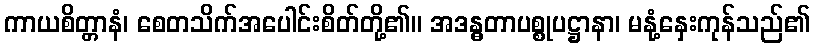
ကာယစိတ္တာနံ၊ စေတသိက်အပေါင်းစိတ်တို့၏။ အဒန္ဓတာပစ္စုပဋ္ဌာနာ၊ မနုံ့နှေးကုန်သည်၏